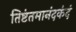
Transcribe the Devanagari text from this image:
तिष्टंतमानंदकंदं